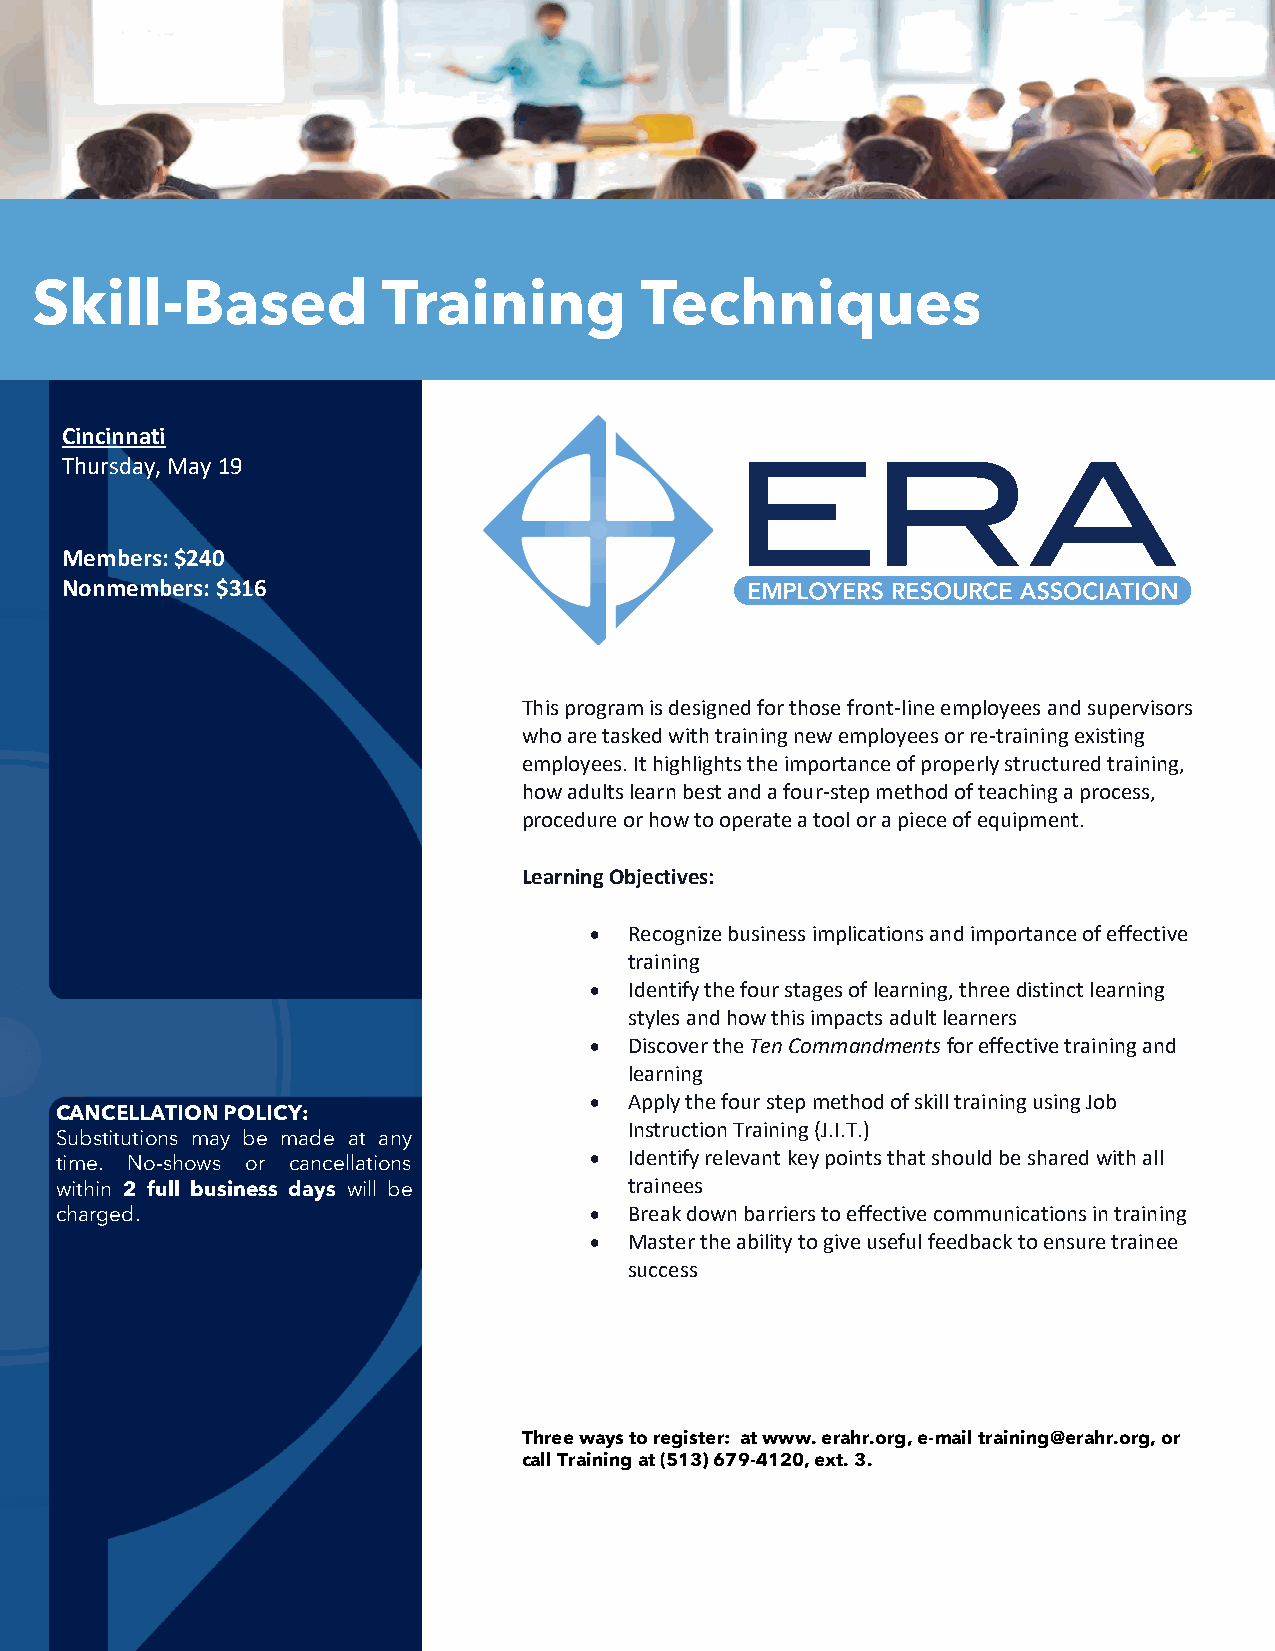
Skill-Based            Training         Techniques
 Cincinnati
 Thursday, May 19
 Members: $240
 Nonmembers: $316
 This program is designed for those front-line employees and supervisors
 who are tasked with training new employees or re-training existing
 employees. It highlights the importance of properly structured training,
 how adults learn best and a four-step method of teaching a process,
 procedure or how to operate a tool or a piece of equipment.
 Learning Objectives:
 •  Recognize business implications and importance of effective
 training
 •  Identify the four stages of learning, three distinct learning
 styles and how this impacts adult learners
 •  Discover the Ten Commandments for effective training and
 learning
 •  Apply the four step method of skill training using Job
 CANCELLATION POLICY:
 Instruction Training (J.I.T.)
 Substitutions may be made at any
 time. No-shows or cancellations    •  Identify relevant key points that should be shared with all
 within 2 full business days will be   trainees
 charged.                           •  Break down barriers to effective communications in training
 •  Master the ability to give useful feedback to ensure trainee
 success
 Three ways to register: at www. erahr.org, e-mail training@erahr.org, or
 call Training at (513) 679-4120, ext. 3.